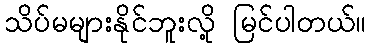
သိပ်မများနိုင်ဘူးလို့ မြင်ပါတယ်။